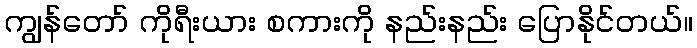
ကျွန်တော် ကိုရီးယား စကားကို နည်းနည်း ပြောနိုင်တယ်။